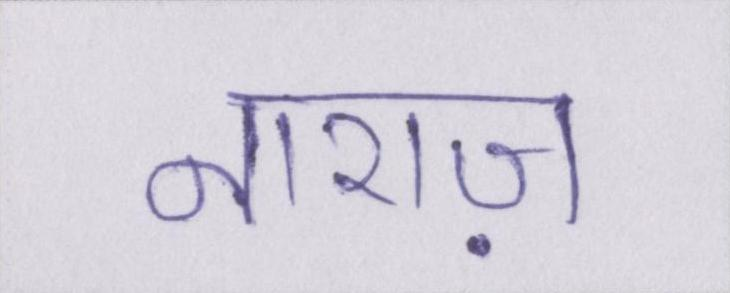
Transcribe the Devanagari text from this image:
नाराज़